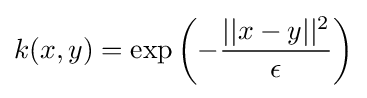
k(x,y)=\exp \left(-{\frac {||x-y||^{2}}{\epsilon }}\right)